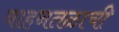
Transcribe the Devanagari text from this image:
वाहनतळाची